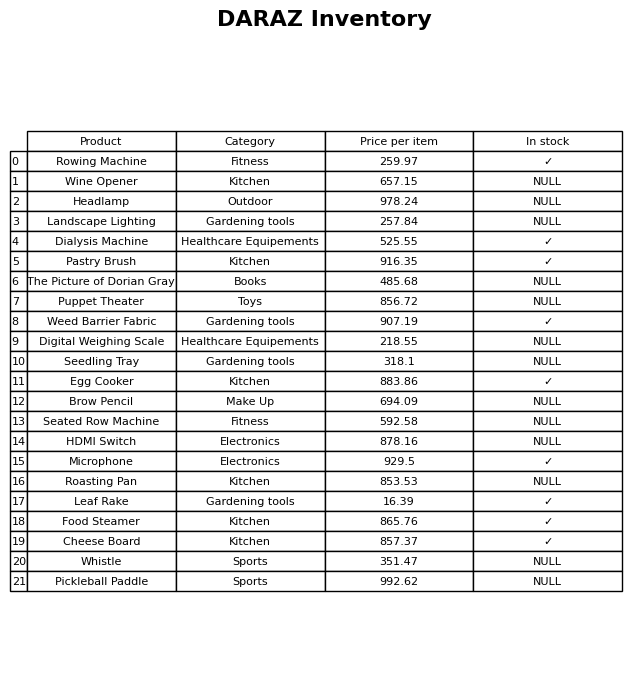
question: Which products are currently out of stock?
answer: Wine Opener, Headlamp, Landscape Lighting, The Picture of Dorian Gray, Puppet Theater, Digital Weighing Scale, Seedling Tray, Brow Pencil, Seated Row Machine, HDMI Switch, Roasting Pan, Whistle, Pickleball Paddle